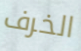
الخرف